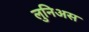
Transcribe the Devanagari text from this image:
लुनिअस